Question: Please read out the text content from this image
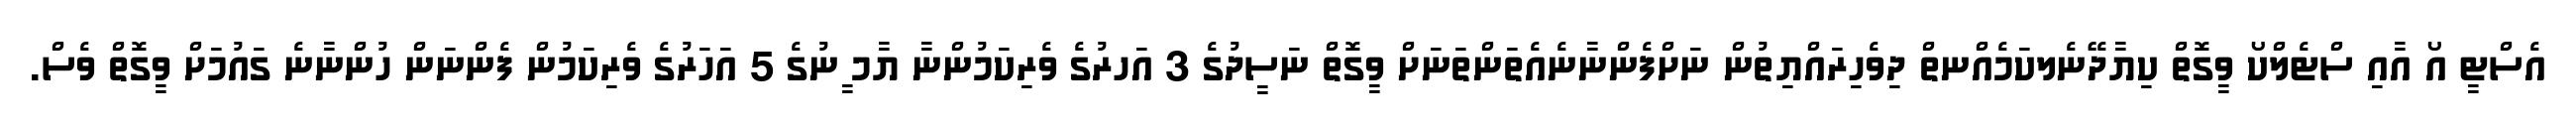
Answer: އެސްޓީ އޯ އާއި ސްޓެލްކޯ ވީގޮތް ކިޔާދޭނެލކަމެއްނތް ދިވެހިރައްޔިތުން ނަށްފެންނާނެއެތަންތަނަށް ވީގޮތް ނަސީދުގެ 3 އަހރުގެ ވެރިކަމުންނާ ޔާމ ީނުގެ 5 އަހަރުގެ ވެރިކަމުން ފެންނަން ހުންނާނެ ގައުމަށް ވީގޮތް ވެސް.